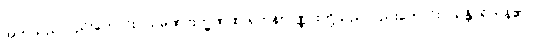
အဘသည်လည်းကောင်း။ သမဏဗြဟ္မဏ စ၊ ရဟန်းပုဏ္ဏားတို့သည်လည်းကောင်း။ သန္တိ၊ ရှိကုန်၏။